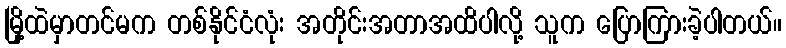
မြို့ထဲမှာတင်မက တစ်နိုင်ငံလုံး အတိုင်းအတာအထိပါလို့ သူက ပြောကြားခဲ့ပါတယ်။